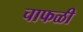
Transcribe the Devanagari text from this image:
चाफळी